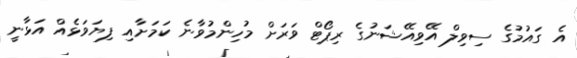
އެ ގައުމުގެ ސިވިލް އޭވިއޭޝަނުގެ ރިޕޯޓް ވަރަށް މުހިންމުވާނެ ކަމަށާއި ފިޔަވަޅެއް އަޅާނީ